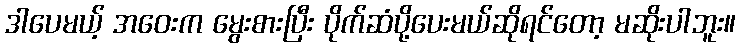
ဒါပေမယ့် အဝေးက မွေးစားပြီး ပိုက်ဆံပို့ပေးမယ်ဆိုရင်တော့ မဆိုးပါဘူး။